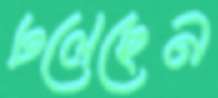
ঢলেছেন